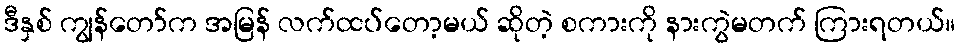
ဒီနှစ် ကျွန်တော်က အမြန် လက်ထပ်တော့မယ် ဆိုတဲ့ စကားကို နားကွဲမတက် ကြားရတယ်။